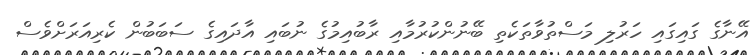
އޭނާގެ ގައިގައި ހަރުލި މަސްތުވާތަކެތި ބޭނުންކުރުމާއި ރާބުއިމުގެ ނުބައި އާދައިގެ ސަބަބުން ކެރިއަރަށްވެސް